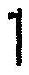
1